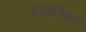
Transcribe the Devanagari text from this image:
प्रश्वनिह्न